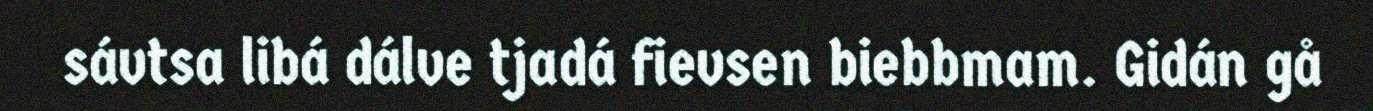
sávtsa libá dálve tjadá fievsen biebbmam. Gidán gå